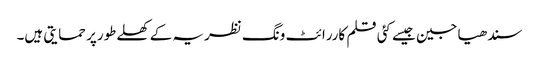
سندھیا جین جیسے کئی قلم کاررائٹ ونگ نظریہ کے کھلےطورپر حمایتی ہیں۔